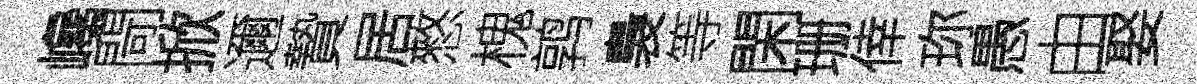
巉閜掀邇贄居憗槐鹑裊等閑珊倖珎愚由娶